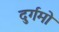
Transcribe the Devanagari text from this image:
दुर्गमो